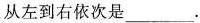
从左到右依次是___.